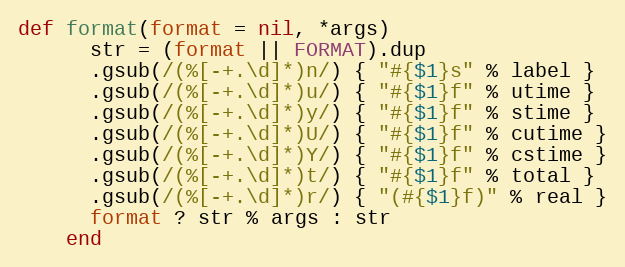
Language: Ruby
def format(format = nil, *args)
      str = (format || FORMAT).dup
      .gsub(/(%[-+.\d]*)n/) { "#{$1}s" % label }
      .gsub(/(%[-+.\d]*)u/) { "#{$1}f" % utime }
      .gsub(/(%[-+.\d]*)y/) { "#{$1}f" % stime }
      .gsub(/(%[-+.\d]*)U/) { "#{$1}f" % cutime }
      .gsub(/(%[-+.\d]*)Y/) { "#{$1}f" % cstime }
      .gsub(/(%[-+.\d]*)t/) { "#{$1}f" % total }
      .gsub(/(%[-+.\d]*)r/) { "(#{$1}f)" % real }
      format ? str % args : str
    end